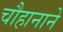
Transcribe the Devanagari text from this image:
चौहानाने